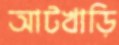
আটখাড়ি